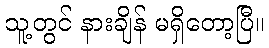
သူ့တွင် နားချိန် မရှိတော့ပြီ။